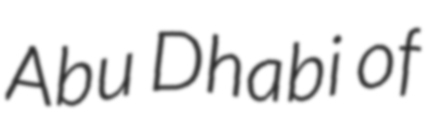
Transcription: Abu Dhabi of